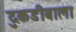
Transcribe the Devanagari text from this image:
दुकडीबाला